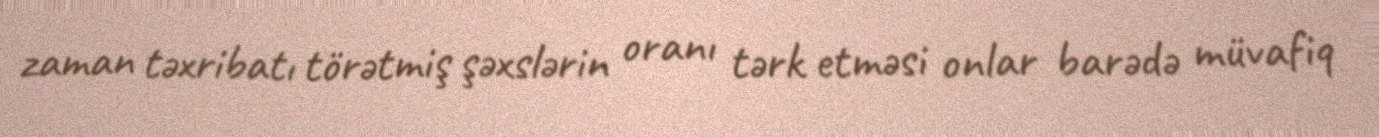
zaman təxribatı törətmiş şəxslərin oranı tərk etməsi onlar barədə müvafiq